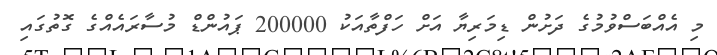
މި އެއްބަސްވުމުގެ ދަށުން ޑިމަރިޔާ އަށް ހަފްތާއަކު 200000 ޕައުންޑް މުސާރައެއްގެ ގޮތުގައި